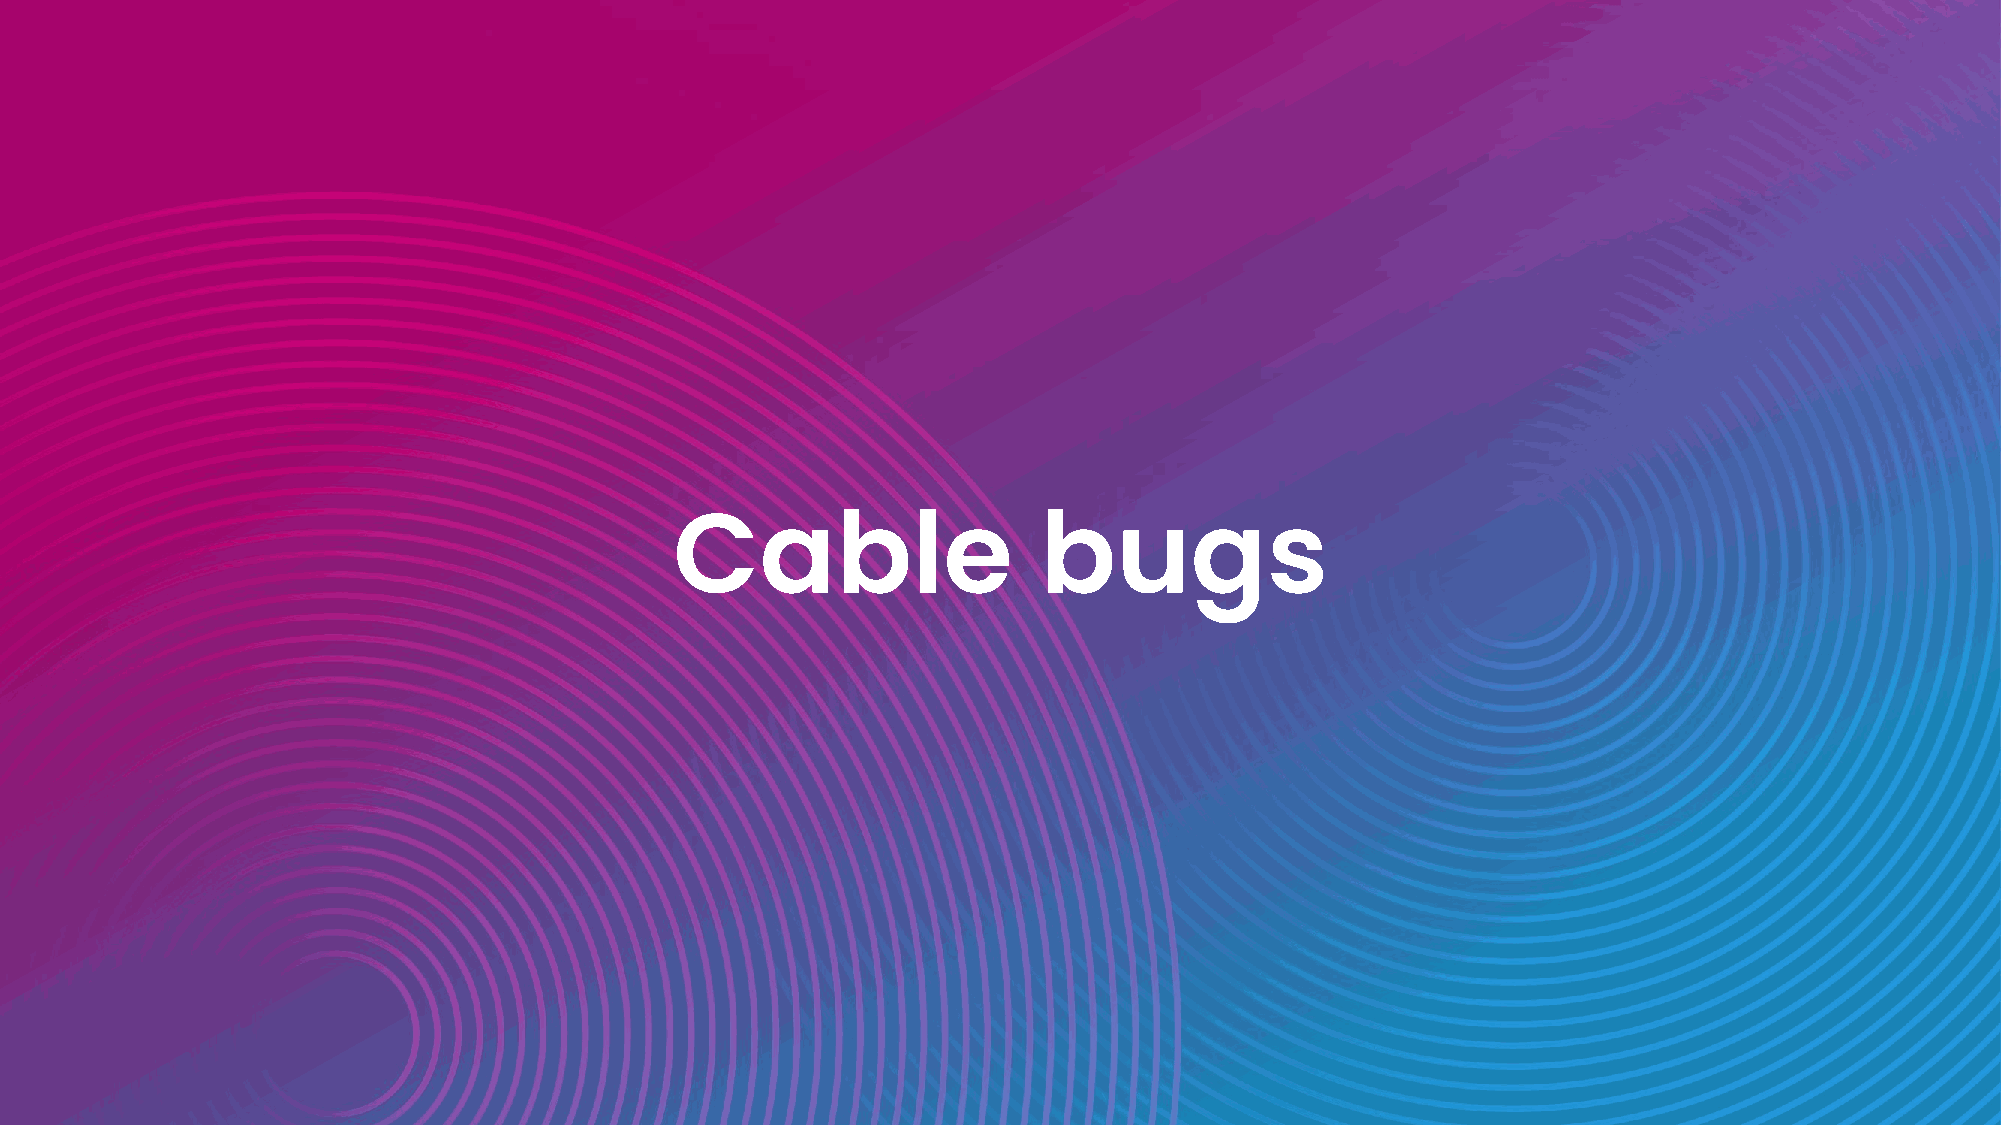
Cable                   bugs